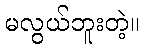
မလွယ်ဘူးတဲ့။